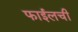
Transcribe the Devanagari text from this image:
फाईलची